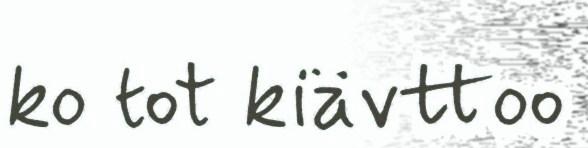
ko tot kiävttoo